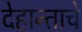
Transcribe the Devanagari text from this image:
देहान्ताचे